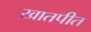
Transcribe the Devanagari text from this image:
खातपीत